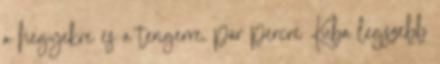
a hegyekre és a tengerre, pár percre Kuba legszebb